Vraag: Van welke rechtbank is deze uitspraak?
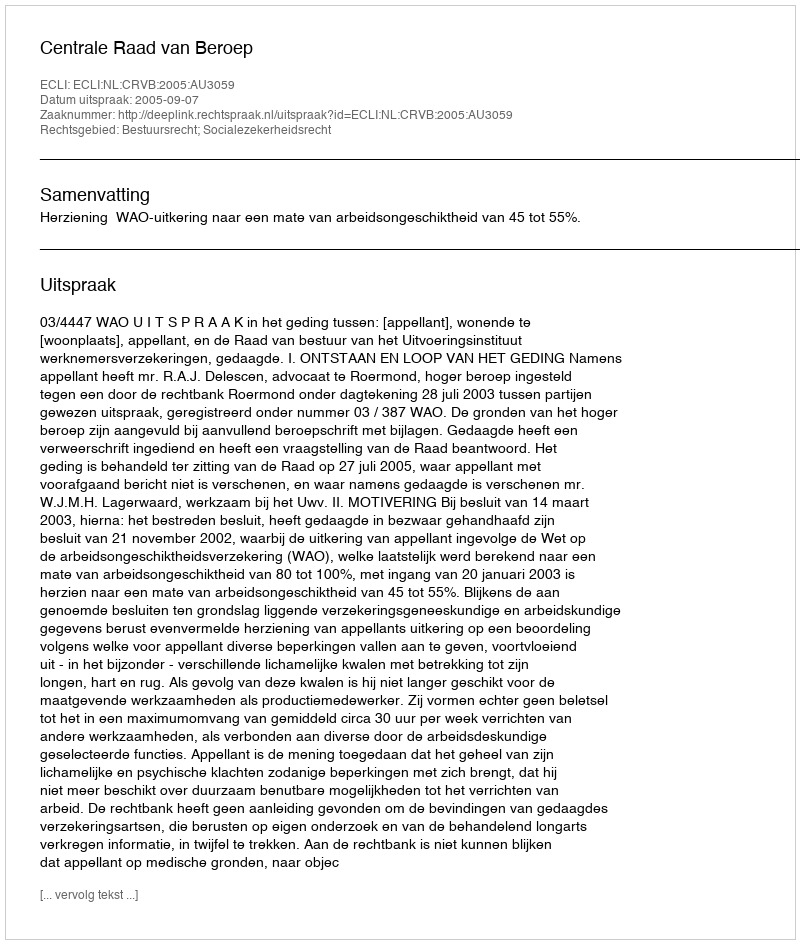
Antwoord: Centrale Raad van Beroep